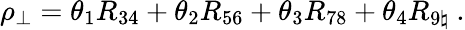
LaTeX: \rho_{\perp}=\theta_{1}R_{34}+\theta_{2}R_{56}+\theta_{3}R_{78}+\theta_{4}R_{9\natural}~.